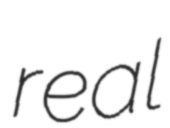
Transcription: real